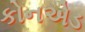
કોનએડ